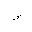
Letter: _waw